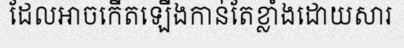
ដែលអាចកើតឡើងកាន់តែខ្លាំងដោយសារ